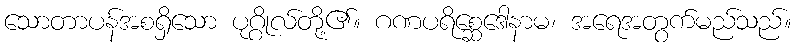
သောတာပန်အစရှိသော ပုဂ္ဂိုလ်တို့၏။ ဂဏပရိစ္ဆေဒေါနာမ၊ အရေအတွက်မည်သည်။